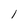
Character: l